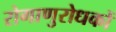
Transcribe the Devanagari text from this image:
रोगाणुरोधकों